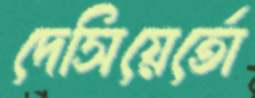
দেসিয়ের্তো